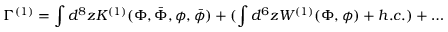
\Gamma ^ { ( 1 ) } = \int d ^ { 8 } z K ^ { ( 1 ) } ( \Phi , \bar { \Phi } , \phi , \bar { \phi } ) + ( \int d ^ { 6 } z W ^ { ( 1 ) } ( \Phi , \phi ) + h . c . ) + \ldots